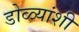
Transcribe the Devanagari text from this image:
डोळ्यांशी